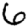
Digit: 6